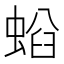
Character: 𧌤